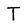
Character: T